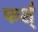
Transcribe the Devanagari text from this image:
फर्श्